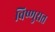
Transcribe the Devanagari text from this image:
विष्णुरात